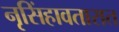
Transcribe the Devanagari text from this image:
नृसिंहावतारात